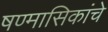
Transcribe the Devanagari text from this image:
षण्मासिकांचे